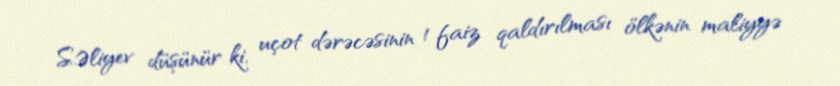
S.Əliyev düşünür ki, uçot dərəcəsinin 1 faiz qaldırılması ölkənin maliyyə